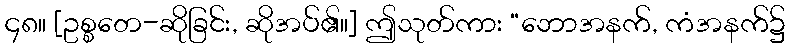
၄၈။ [ဥစ္စတေ-ဆိုခြင်း, ဆိုအပ်၏။] ဤသုတ်ကား “ဘောအနက်, ကံအနက်၌